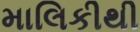
માલિકીથી